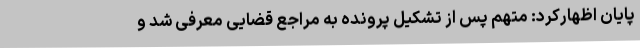
پایان اظهارکرد: متهم پس از تشکیل پرونده به مراجع قضایی معرفی شد و